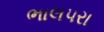
ભાલપરા